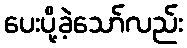
ပေးပို့ခဲ့သော်လည်း